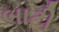
બાટી